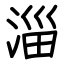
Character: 淄